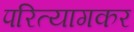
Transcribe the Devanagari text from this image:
परित्यागकर